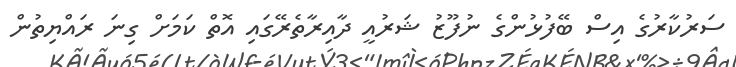
ސަރުކާރުގެ އިސް ބޭފުޅުންގެ ނުފޫޒު ޝަރުއީ ދާއިރާތެރޭގައި އޮތް ކަމަށް ގިނަ ރައްޔިތުން